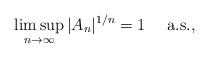
LaTeX: \begin{align*} \limsup_{n\to\infty} |A_n|^{1/n}= 1 \quad\mbox{ a.s.},\end{align*}